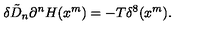
\delta \tilde { D } _ { n } \partial ^ { n } H ( x ^ { m } ) = - T \delta ^ { 8 } ( x ^ { m } ) .